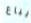
يباع